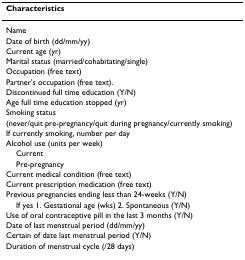
<table><thead><tr><td><b>Characteristics</b></td></tr></thead><tbody><tr><td>Name</td></tr><tr><td>Date of birth (dd/mm/yy)</td></tr><tr><td>Current age (yr)</td></tr><tr><td>Marital status (married/cohabitating/single)</td></tr><tr><td>Occupation (free text)</td></tr><tr><td>Partner&#x27;s occupation (free text).</td></tr><tr><td>Discontinued full time education (Y/N)</td></tr><tr><td>Age full time education stopped (yr)</td></tr><tr><td>Smoking status</td></tr><tr><td>(never/quit pre-pregnancy/quit during pregnancy/currently smoking)</td></tr><tr><td>If currently smoking, number per day</td></tr><tr><td>Alcohol use (units per week)</td></tr><tr><td> Current</td></tr><tr><td> Pre-pregnancy</td></tr><tr><td>Current medical condition (free text)</td></tr><tr><td>Current prescription medication (free text)</td></tr><tr><td>Previous pregnancies ending less than 24-weeks (Y/N)</td></tr><tr><td> If yes 1. Gestational age (wks) 2. Spontaneous (Y/N)</td></tr><tr><td>Use of oral contraceptive pill in the last 3 months (Y/N)</td></tr><tr><td>Date of last menstrual period (dd/mm/yy)</td></tr><tr><td>Certain of date last menstrual period (Y/N)</td></tr><tr><td>Duration of menstrual cycle (/28 days)</td></tr></tbody></table>